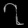
Digit: ၇